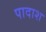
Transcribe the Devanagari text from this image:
पादाश